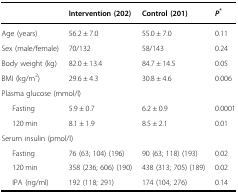
<table><thead><tr><td></td><td><b>Intervention (202)</b></td><td><b>Control (201)</b></td><td><b><i>P</i><sup>*</sup></b></td></tr></thead><tbody><tr><td>Age (years)</td><td>56.2 ± 7.0</td><td>55.0 ± 7.0</td><td>0.11</td></tr><tr><td>Sex (male/female)</td><td>70/132</td><td>58/143</td><td>0.24</td></tr><tr><td>Body weight (kg)</td><td>82.0 ± 13.4</td><td>84.7 ± 14.5</td><td>0.05</td></tr><tr><td>BMI (kg/m<sup>2</sup>)</td><td>29.6 ± 4.3</td><td>30.8 ± 4.6</td><td>0.006</td></tr><tr><td colspan="4">Plasma glucose (mmol/l)</td></tr><tr><td>Fasting</td><td>5.9 ± 0.7</td><td>6.2 ± 0.9</td><td>0.0001</td></tr><tr><td>120 min</td><td>8.1 ± 1.9</td><td>8.5 ± 2.1</td><td>0.01</td></tr><tr><td colspan="4">Serum insulin (pmol/l)</td></tr><tr><td>Fasting</td><td>76 (63; 104) (196)</td><td>90 (63; 118) (193)</td><td>0.02</td></tr><tr><td>120 min</td><td>358 (236; 606) (190)</td><td>438 (313; 705) (189)</td><td>0.02</td></tr><tr><td>IPA (ng/ml)</td><td>192 (118; 291)</td><td>174 (104; 276)</td><td>0.14</td></tr></tbody></table>